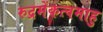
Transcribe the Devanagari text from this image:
रुद्रमेंकत्वमाहु